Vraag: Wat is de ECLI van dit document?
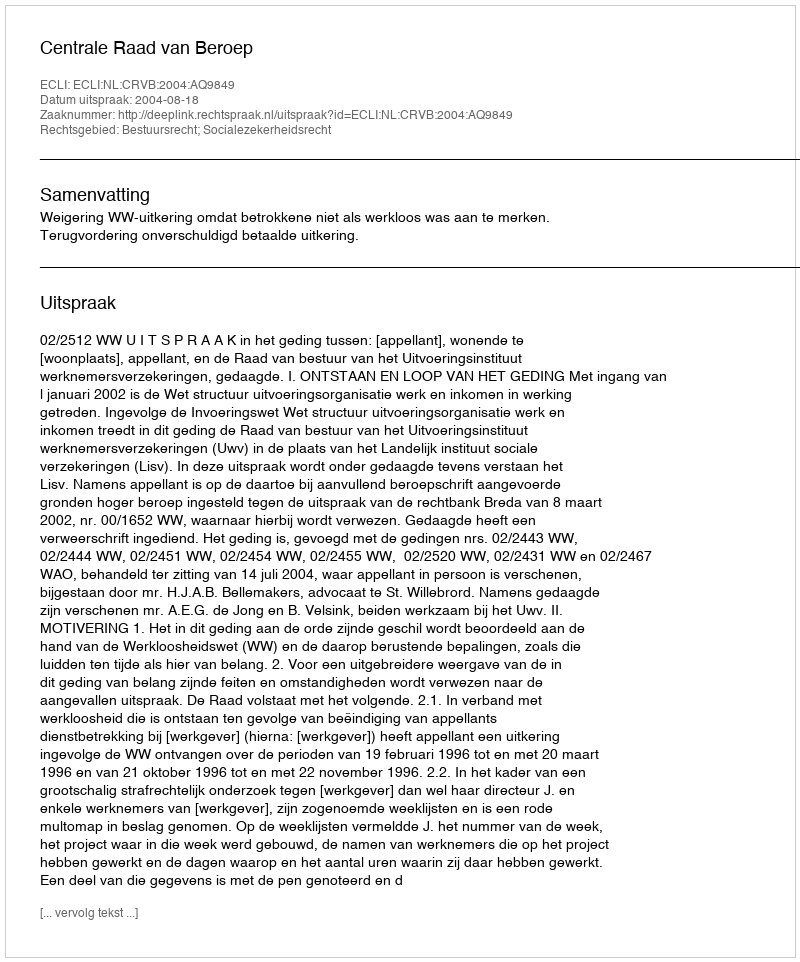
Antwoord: ECLI:NL:CRVB:2004:AQ9849